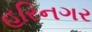
હરિનગર